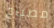
مصباح